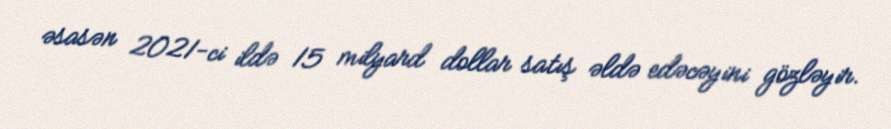
əsasən 2021-ci ildə 15 milyard dollar satış əldə edəcəyini gözləyir.